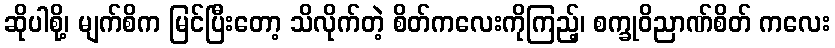
ဆိုပါစို့၊ မျက်စိက မြင်ပြီးတော့ သိလိုက်တဲ့ စိတ်ကလေးကိုကြည့်၊ စက္ခုဝိညာဏ်စိတ် ကလေး